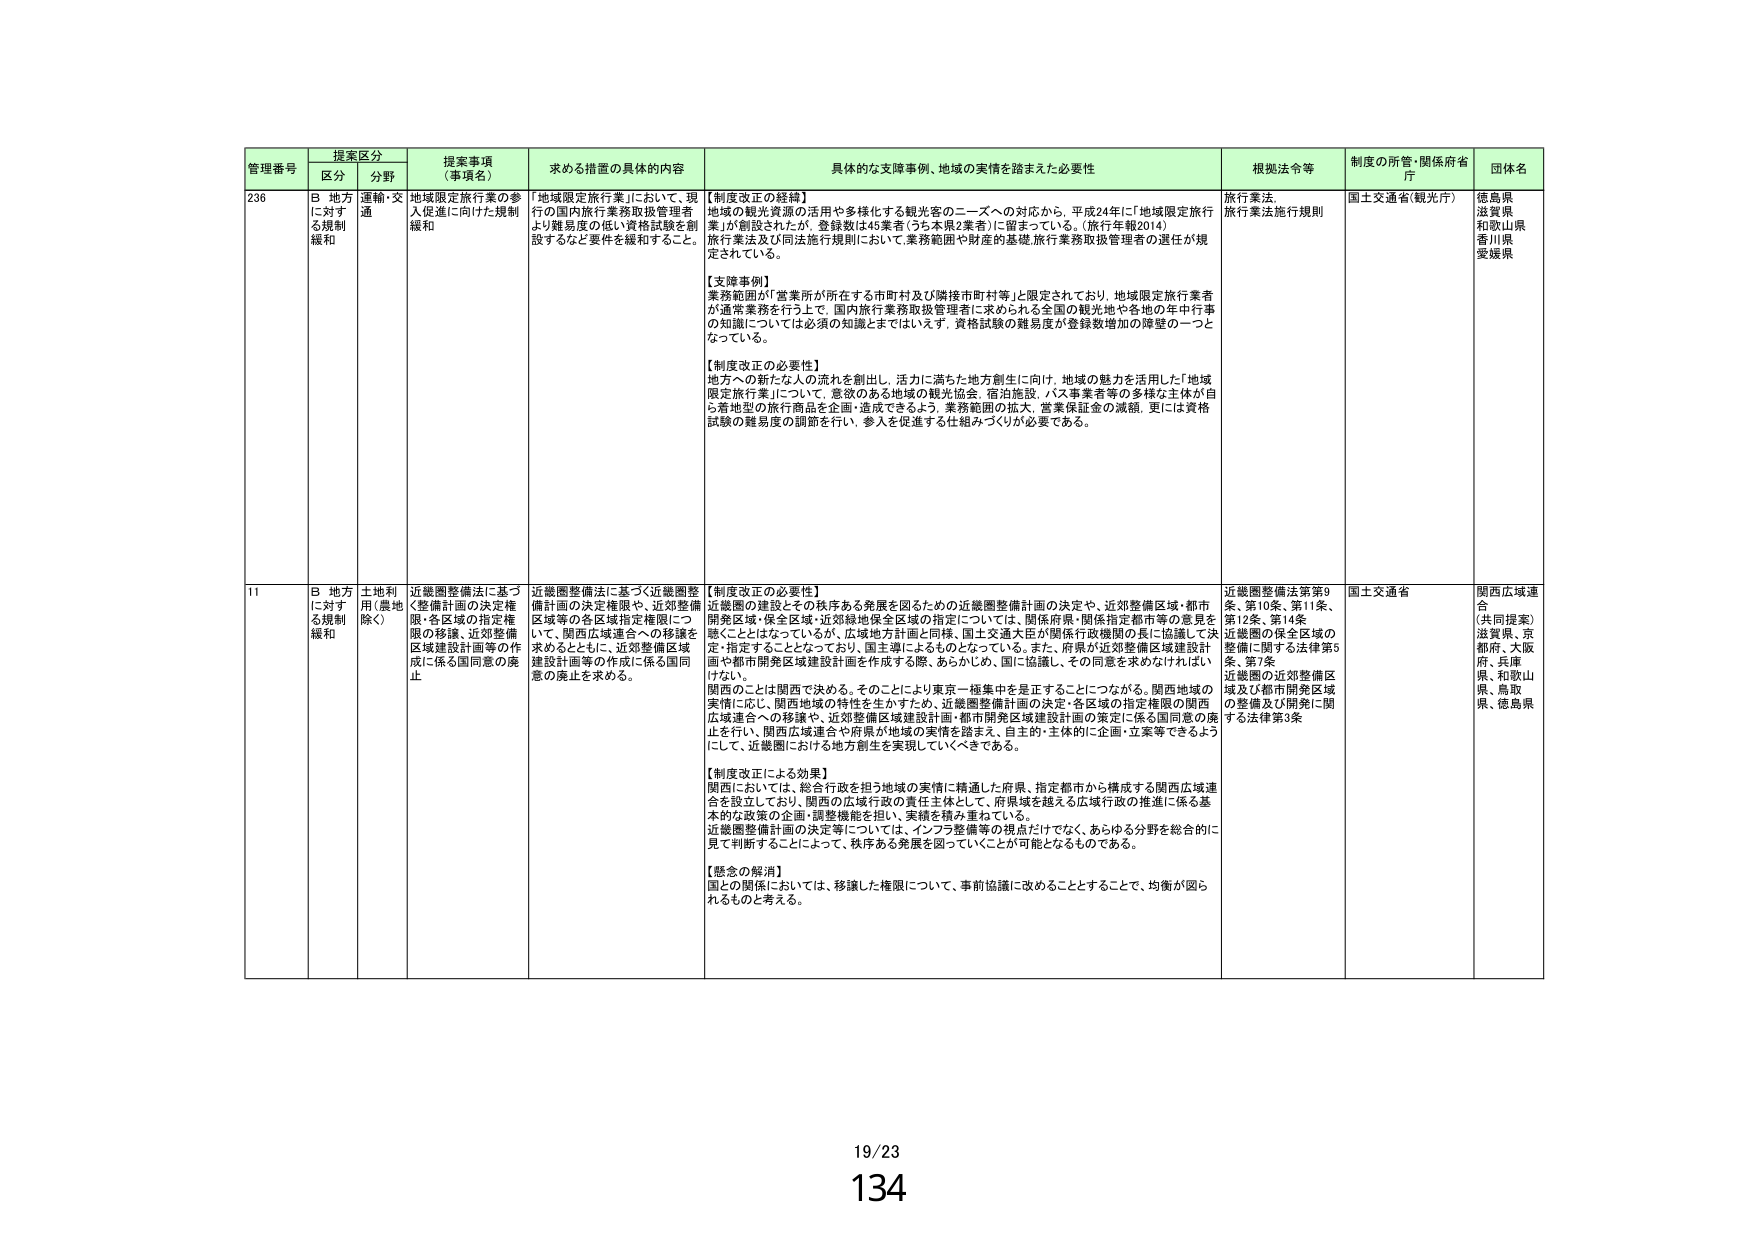
管理番号 提案区分 提案事項（事項名） 求める措置の具体的内容 具体的な支援事例、地域の実情を踏まえた必要性 根拠法令等 制度の所管・関係府省庁 団体名
区分 分野
236 B 地方に対する規制緩和 運輸・交通 地域限定旅行業の参入促進に向けた規制緩和 「地域限定旅行業」において、現行の国内旅行業務取扱管理者より難易度の低い資格試験を創設するなど要件を緩和すること。 【制度改正の経緯】 地域の観光資源の活用や多様化する観光客のニーズへの対応から、平成24年に「地域限定旅行業」が創設されたが、登録数は45業者（うち本県2業者）に留まっている。（旅行年報2014） 旅行業法及び同法施行規則において、業務範囲や財産の基礎、旅行業務取扱管理者の選任が規定されている。 【支援事例】 業務範囲が「営業所が所在する市町村及び隣接市町村等」と限定されており、地域限定旅行業者が通常業務を行う上で、国内旅行業務取扱管理者に求められる全国の観光地や各地の年中行事の知識については必須の知識とまではいえず、資格試験の難易度が登録数増加の障壁の一つとなっている。 【制度改正の必要性】 地方への新たな人の流れを創出し、活力に満ちた地方創生に向け、地域の魅力を活用した「地域限定旅行業」について、意欲のある地域の観光協会、宿泊施設、バス事業者等の多様な主体が自ら着地型の旅行商品を企画・造成できるよう、業務範囲の拡大、営業保証金の減額、更には資格試験の難易度の調節を行い、参入を促進する仕組みづくりが必要である。 旅行業法 旅行業法施行規則 国土交通省（観光庁） 徳島県 滋賀県 和歌山県 香川県 愛媛県
11 B 地方に対する規制緩和 土地利用（農地除く） 近畿圏整備法に基づく整備計画の決定権限・各区域の指定権限の移譲、近郊整備区域建設計画等の作成に係る国同意の廃止 近畿圏整備法に基づく近畿圏整備計画の決定権限や、近郊整備区域等の各区域指定権限について、関西広域連合への移譲を進めるとともに、近郊整備区域建設計画等の作成に係る国同意の廃止を求める。 【制度改正の必要性】 近畿圏の建設とその秩序ある発展を図るための近畿圏整備計画の決定や、近郊整備区域・都市開発区域・保全区域・近郊緑地保全区域の指定については、関係府県・関係指定都市等の意見を聴くことはなっているが、広域地方計画と同様、国土交通大臣が関係行政機関の長に協議して決定・指定することとなっており、国主導によるものとなっている。また、府県が近郊整備区域建設計画や都市開発区域建設計画を作成する際、あらかじめ、国に協議し、その同意を求めなければいけない。 関西のことは関西で決める。そのことにより東京一極集中を是正することにつながる。関西地域の実情に応じ、関西地域の特性を生かすため、近畿圏整備計画の決定・各区域の指定権限の関西広域連合への移譲や、近郊整備区域建設計画・都市開発区域建設計画の策定に係る国同意の廃止を行い、関西広域連合や府県が地域の実情を踏まえ、自主的・主体的に企画・立案等できるようにして、近畿圏における地方創生を実現していくべきである。 【制度改正による効果】 関西においては、総合行政を担う地域の実情に精通した府県、指定都市から構成する関西広域連合を設立しており、関西の広域行政の責任主体として、府県域を越える広域行政の推進に係る基本的な政策の企画・調整機能を担い、実績を積み重ねている。 近畿圏整備計画の決定等については、インフラ整備等の視点だけでなく、あらゆる分野を総合的に見て判断することによって、秩序ある発展を図っていくことが可能となるものである。 【懸念の解消】 国との関係においては、移譲した権限について、事前協議に改めることすることで、均衡が図られるものと考える。 近畿圏整備法第9条、第10条、第11条、第12条、第14条 近畿圏の保全区域の整備に関する法律第5条、第7条 近畿圏の近郊整備区域及び都市開発区域の整備及び開発に関する法律第3条 国土交通省 関西広域連合 （共同提案） 滋賀県、京都府、大阪府、兵庫県、和歌山県、鳥取県、徳島県
19/23 134